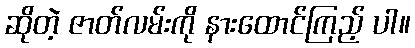
ဆိုတဲ့ ဇာတ်လမ်းကို နားထောင်ကြည့် ပါ။